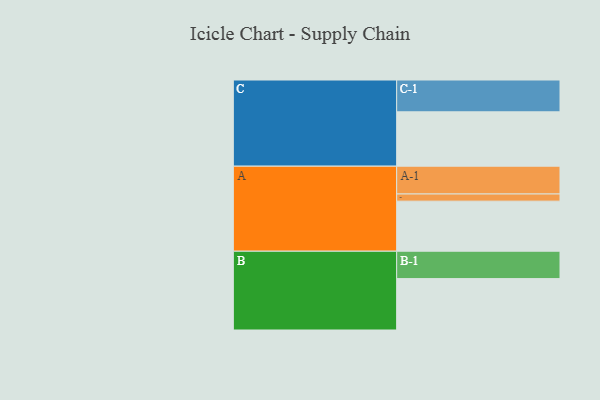
{"axis": {"x": "Segment", "y": "Value"}, "legend": ["", "A", "B", "C"], "data": [{"x": "A", "y": 384, "type": ""}, {"x": "B", "y": 394, "type": ""}, {"x": "C", "y": 417, "type": ""}, {"x": "A-1", "y": 213, "type": "A"}, {"x": "A-2", "y": 55, "type": "A"}, {"x": "B-1", "y": 210, "type": "B"}, {"x": "C-1", "y": 244, "type": "C"}]}